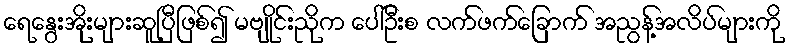
ရေနွေးအိုးများဆူပြီဖြစ်၍ မဗျိုင်းညိုက ပေါ်ဦးစ လက်ဖက်ခြောက် အညွန့်အလိပ်များကို